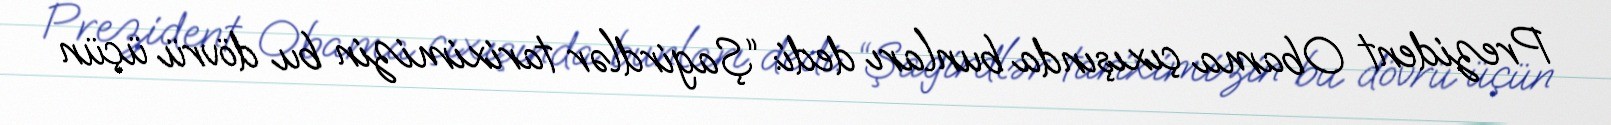
Prezident Obama çıxışında bunları dedi: “Şagirdlər tariximizin bu dövrü üçün